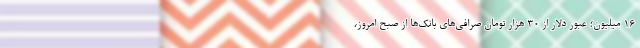
۱۶ میلیون؛ عبور دلار از ۳۰ هزار تومان صرافی‌های بانک‌ها از صبح امروز،